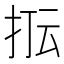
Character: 𭠢